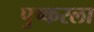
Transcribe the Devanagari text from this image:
पुष्करला